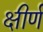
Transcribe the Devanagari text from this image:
क्षीर्ण